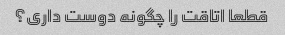
قطعا اتاقت را چگونه دوست داری؟